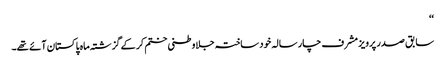
‘‘
سابق صدر پرویز مشرف چار سالہ خود ساختہ جلاوطنی ختم کر کے گزشتہ ماہ پاکستان آئے تھے۔